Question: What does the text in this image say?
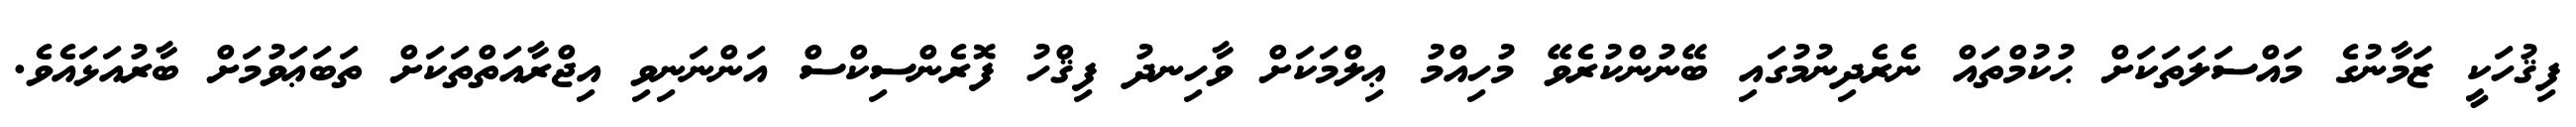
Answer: ފިޤުހަކީ ޒަމާނުގެ މައްސަލަތަކަށް ޙުކުމްތައް ނެރެދިނުމުގައި ބޭނުންކުރެވޭ މުހިއްމު ޢިލްމަކަށް ވާހިނދު ފިޤްހު ފޮރެންސިކްސް އަންނަނިވި އިޖްރާއަތްތަކަށް ތަބަޢަވުމަށް ބާރުއަޅައެވެ.